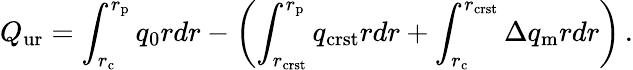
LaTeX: Q_{\mathrm{ur}}=\int_{r_{\mathrm{c}}}^{r_{\mathrm{p}}}q_{0}rdr-\left(\int_{r_{\mathrm{crst}}}^{r_{\mathrm{p}}}q_{\mathrm{crst}}rdr+\int_{r_{\mathrm{c}}}^{r_{\mathrm{crst}}}\Delta q_{\mathrm{m}}rdr\right)\, .